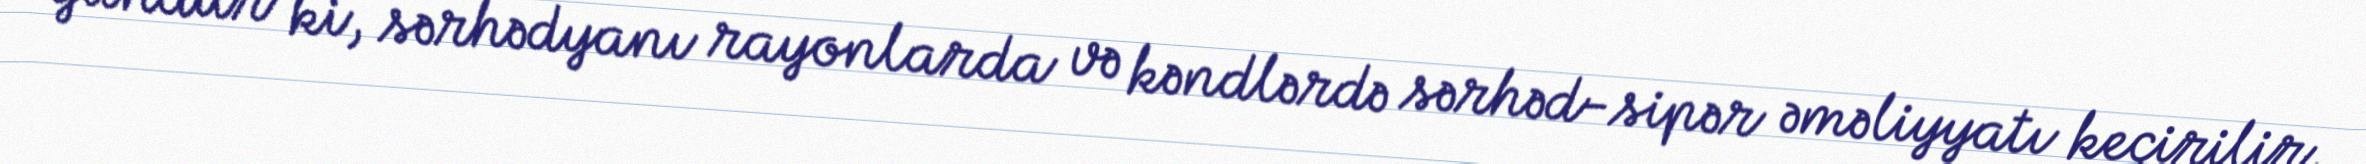
gündür ki, sərhədyanı rayonlarda və kəndlərdə sərhəd-sipər əməliyyatı keçirilir,